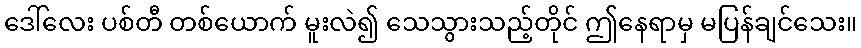
ဒေါ်လေး ပစ်တီ တစ်ယောက် မူးလဲ၍ သေသွားသည့်တိုင် ဤနေရာမှ မပြန်ချင်သေး။